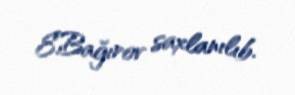
E.Bağırov saxlanılıb.